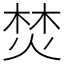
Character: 焚